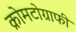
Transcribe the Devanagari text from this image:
क्रोमटोग्राफी